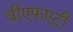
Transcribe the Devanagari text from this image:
वीएफ़एटी